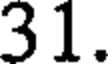
31.